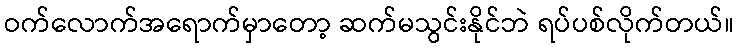
ဝက်လောက်အရောက်မှာတော့ ဆက်မသွင်းနိုင်ဘဲ ရပ်ပစ်လိုက်တယ်။